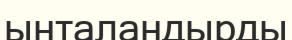
ынталандырды